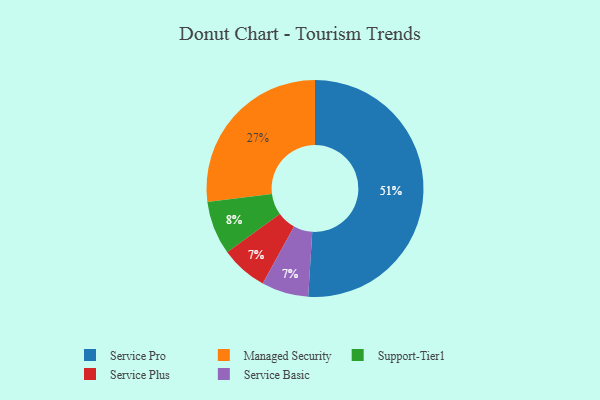
{"axis": {"x": "Category", "y": "Percentage"}, "legend": ["Managed Security", "Service Basic", "Service Plus", "Service Pro", "Support-Tier1"], "data": [{"x": "Service Plus", "y": 7, "type": "Service Plus"}, {"x": "Service Basic", "y": 7, "type": "Service Basic"}, {"x": "Service Pro", "y": 51, "type": "Service Pro"}, {"x": "Support-Tier1", "y": 8, "type": "Support-Tier1"}, {"x": "Managed Security", "y": 27, "type": "Managed Security"}]}